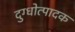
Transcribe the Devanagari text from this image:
दुग्धोत्पादक